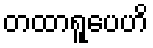
တထာရူပေဟိ